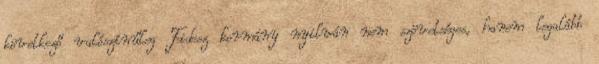
következő valószínűleg Fidesz kormány nyilván nem szövetséges, hanem legalább